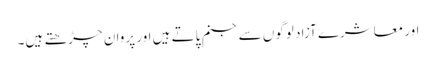
اور معاشرے آزاد لوگوں سے جنم پاتے ہیں اور پروان چڑھتے ہیں۔